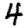
Digit: 4